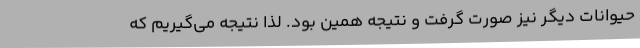
حیوانات دیگر نیز صورت گرفت و نتیجه همین بود. لذا نتیجه می‌گیریم که